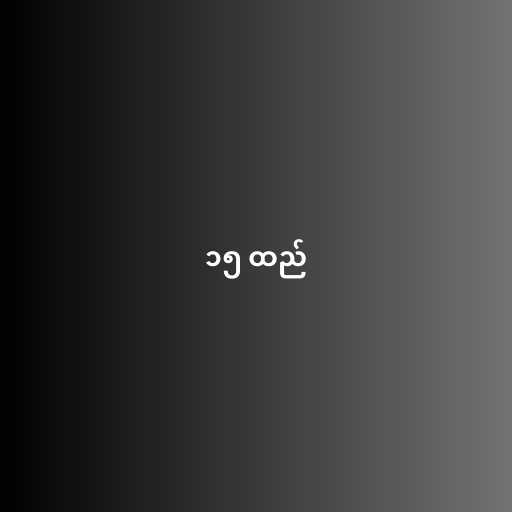
၁၅ ထည်